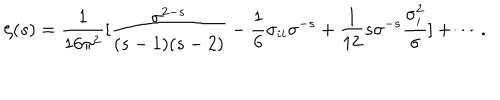
\zeta ( s ) = { \frac { 1 } { 1 6 \pi ^ { 2 } } } [ { \frac { \sigma ^ { 2 - s } } { ( s - 1 ) ( s - 2 ) } } - { \frac { 1 } { 6 } } \sigma _ { i i } \sigma ^ { - s } + { \frac { 1 } { 1 2 } } s \sigma ^ { - s } { \frac { \sigma _ { i } ^ { 2 } } { \sigma } } ] + \cdots .